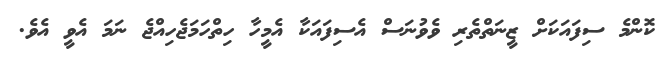
ކޮންމެ ސިފައަކަށް ޒީނަތްތެރި ވެވުނަސް އެސިފައަކާ އެމީހާ ހިތްހަމަޖެހިއްޖެ ނަމަ އެވީ އެވެ.